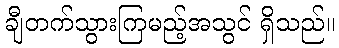
ချီတက်သွားကြမည့်အသွင် ရှိသည်။